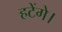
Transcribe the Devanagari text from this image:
हटेंगे।